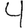
Digit: 4